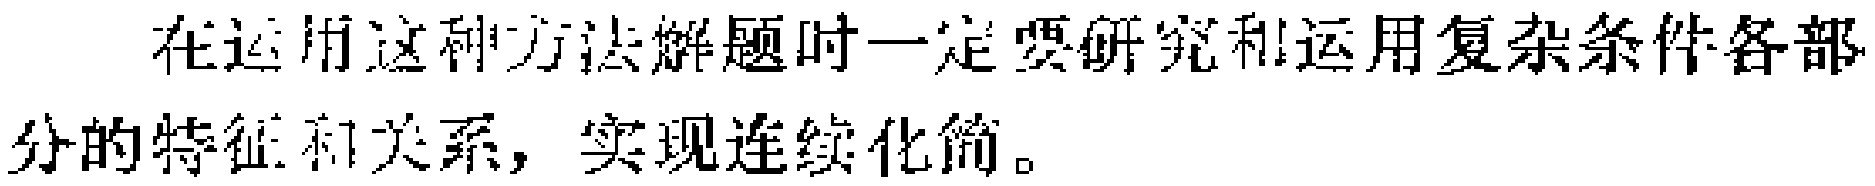
在运用这种方法解题时一定要研究和运用复杂条件各部分的特征和关系，实现连续化简。